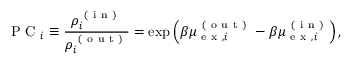
\mathrm { ~ P ~ C ~ } _ { i } \equiv \frac { \rho _ { i } ^ { \mathrm { ~ ( ~ i ~ n ~ ) ~ } } } { \rho _ { i } ^ { \mathrm { ~ ( ~ o ~ u ~ t ~ ) ~ } } } = \exp \left( \beta \mu _ { \mathrm { ~ e ~ x ~ } , i } ^ { \mathrm { ~ ( ~ o ~ u ~ t ~ ) ~ } } - \beta \mu _ { \mathrm { ~ e ~ x ~ } , i } ^ { \mathrm { ~ ( ~ i ~ n ~ ) ~ } } \right) ,